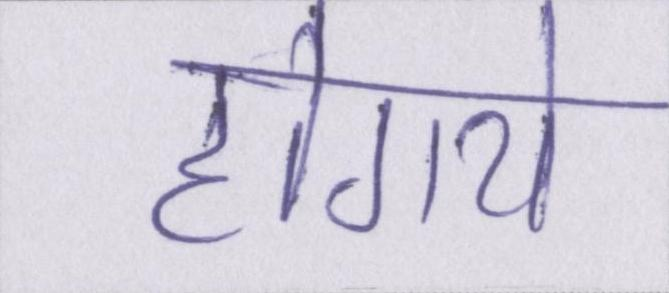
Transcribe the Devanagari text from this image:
होगये